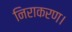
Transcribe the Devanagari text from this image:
निराकरण।